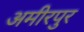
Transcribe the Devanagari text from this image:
अमीरपुर